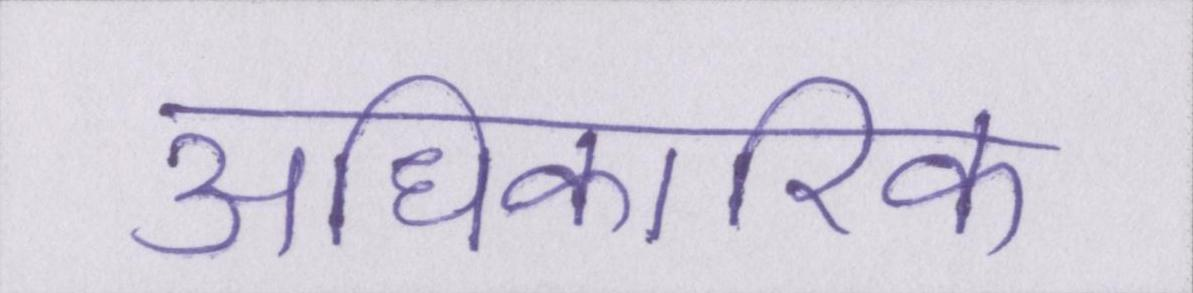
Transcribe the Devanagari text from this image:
अधिकारिक